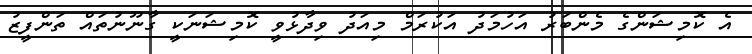
އެ ކޮމިޝަންގެ މެންބަރު އަހުމަދު އަކުރަމް މިއަދު ވިދާޅުވީ ކޮމިޝަނަކީ ގާނޫނުތައް ތަންފީޒު